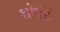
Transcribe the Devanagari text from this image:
शोदेई